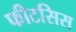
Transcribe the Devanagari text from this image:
फीटसिस